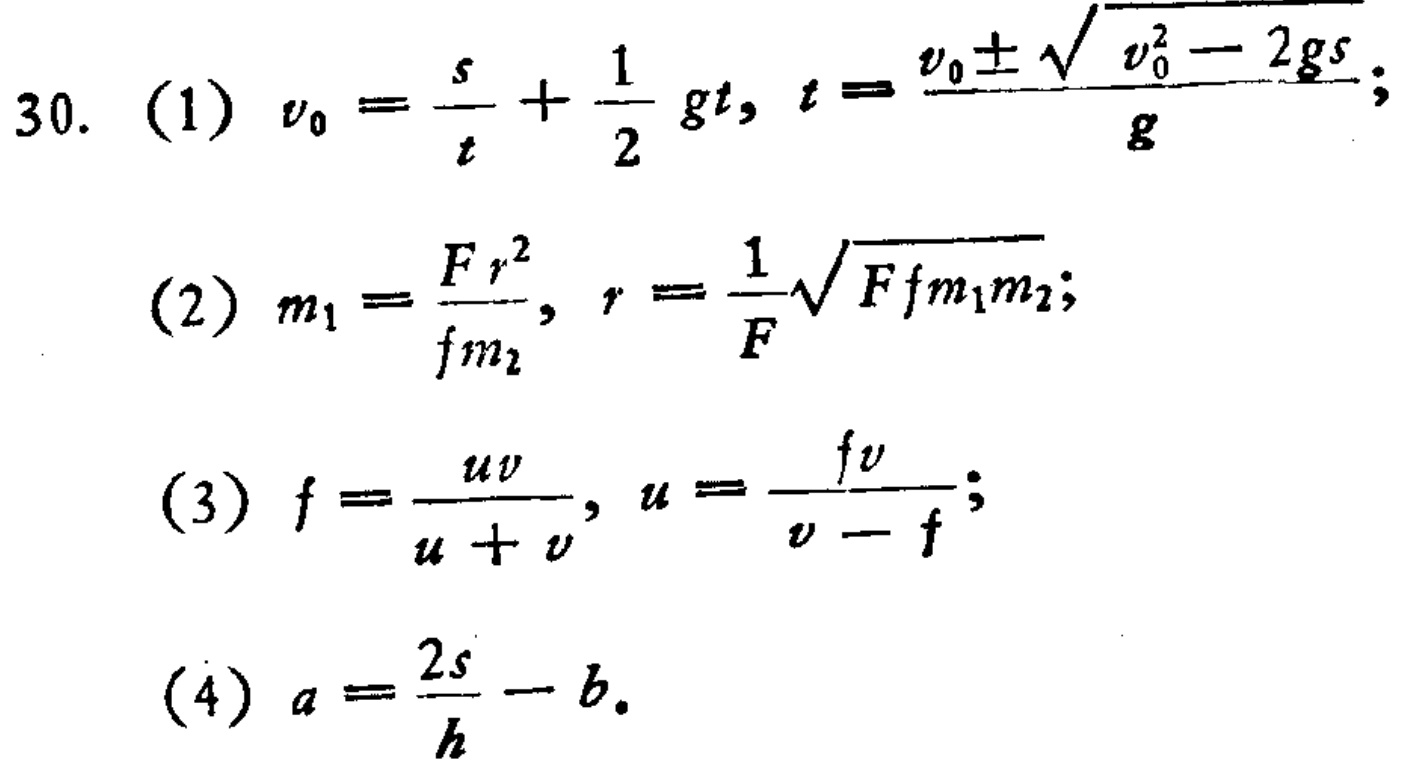
\[
\begin{align*}
30.\quad&(1)\quad v_0 = \frac{s}{t}+\frac{1}{2}gt,\quad t = \frac{v_0\pm\sqrt{v_0^2 - 2gs}}{g};\\
&(2)\quad m_1=\frac{Fr^2}{fm_2},\quad r = \frac{1}{F}\sqrt{Ffm_1m_2};\\
&(3)\quad f=\frac{uv}{u + v},\quad u=\frac{fv}{v - f};\\
&(4)\quad a=\frac{2s}{h}-b.
\end{align*}
\]